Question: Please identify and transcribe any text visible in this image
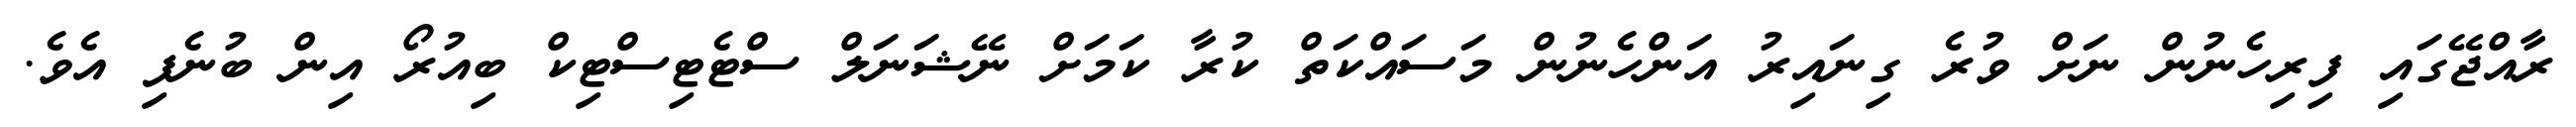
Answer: ރާއްޖޭގައި ފިރިހެނުން ނަށް ވުރެ ގިނައިރު އަންހެނުން މަސައްކަތް ކުރާ ކަމަށް ނޭޝަނަލް ސްޓެޓިސްޓިކް ބިއުރޯ އިން ބުނެފި އެވެ.